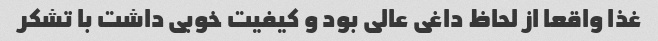
غذا واقعا از لحاظ داغی عالی بود و کیفیت خوبی داشت با تشکر